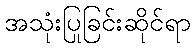
အသုံးပြုခြင်းဆိုင်ရာ